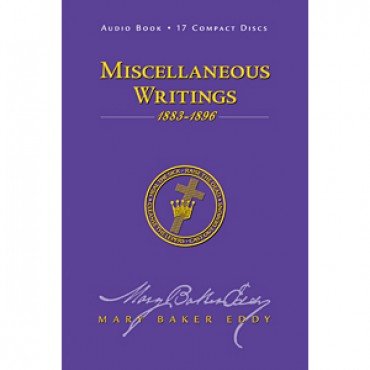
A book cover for Miscellaneous Writings 1883-1896, Audio CDs; Mary Baker Eddy; Test Preparation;